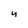
Character: 4